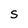
Character: S